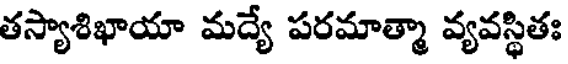
తస్యాశిఖాయా మద్యే పరమాత్మా వ్యవస్థితః